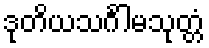
ဒုတိယသင်္ဂါမသုတ္တံ